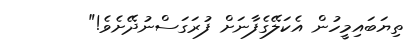
ތިޔަބައިމީހުން އެކަލޭގެފާނަށް ފުރަގަސްނުދޭށެވެ!"